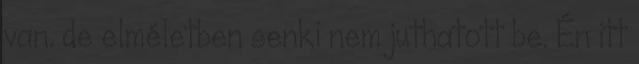
van. de elméletben senki nem juthatott be. Én itt